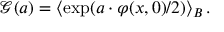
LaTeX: \mathcal { G } ( a ) = \left\langle \exp ( a \cdot \varphi ( x , 0 ) / 2 ) \right\rangle _ { B } .